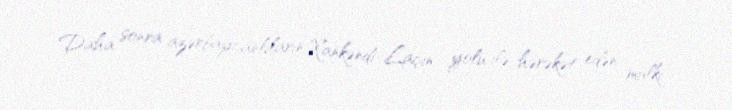
Daha sonra azərbaycanlıların Xankəndi-Laçın yolu ilə hərəkət edən mülki